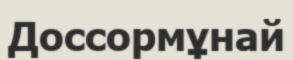
Доссормұнай